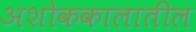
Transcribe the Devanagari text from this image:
अशोककालातील